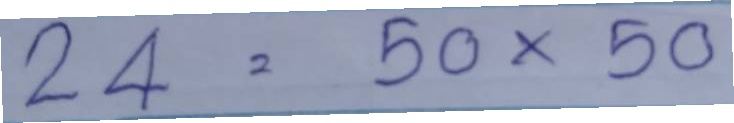
24 = 50 x 50